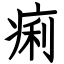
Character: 痢